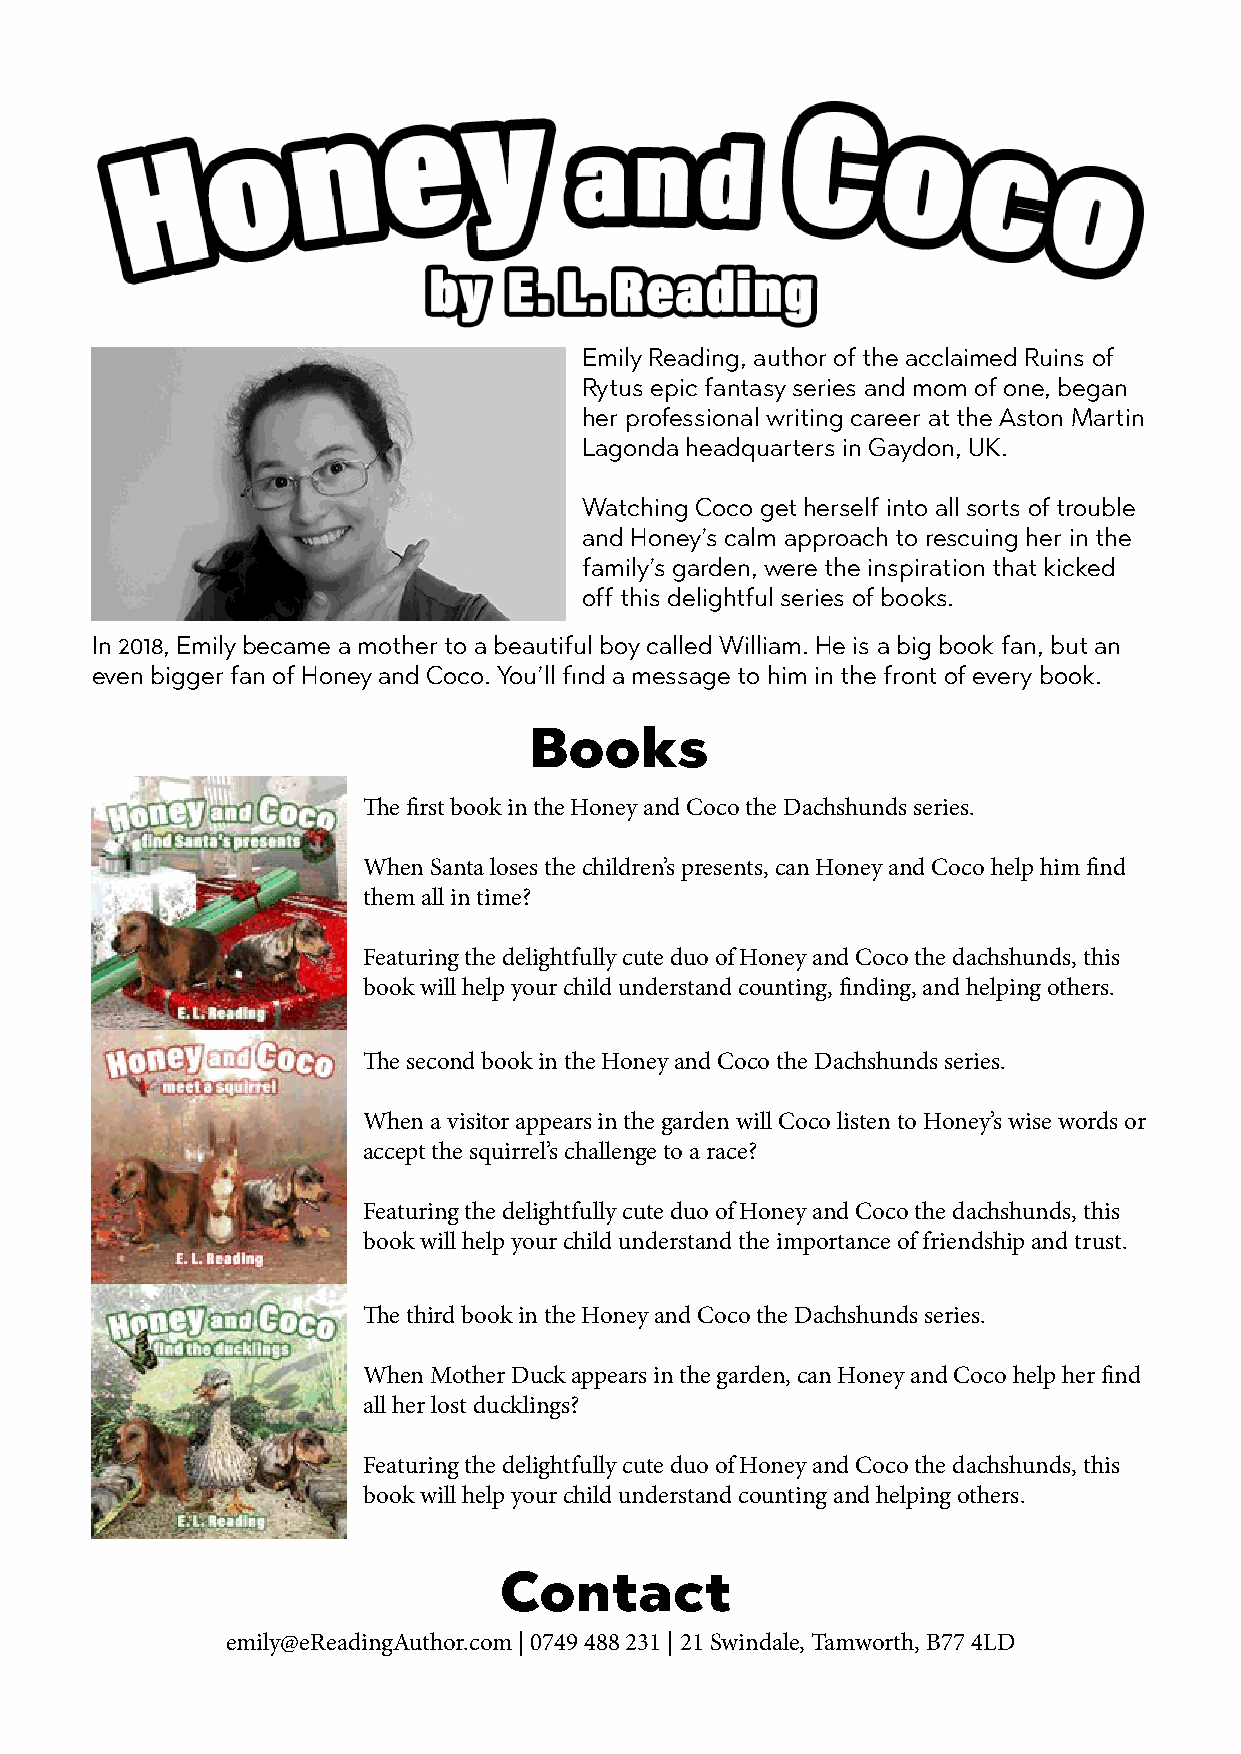
Emily Reading, author of the acclaimed Ruins of
 Rytus epic fantasy series and mom of one, began
 her professional writing career at the Aston Martin
 Lagonda headquarters in Gaydon, UK.
 Watching Coco get herself into all sorts of trouble
 and Honey’s calm approach to rescuing her in the
 family’s garden, were the inspiration that kicked
 off this delightful series of books.
 In 2018, Emily became a mother to a beautiful boy called William. He is a big book fan, but an
 even bigger fan of Honey and Coco. You’ll find a message to him in the front of every book.
 Books
 The first book in the Honey and Coco the Dachshunds series.
 When Santa loses the children’s presents, can Honey and Coco help him find
 them all in time?
 Featuring the delightfully cute duo of Honey and Coco the dachshunds, this
 book will help your child understand counting, finding, and helping others.
 The second book in the Honey and Coco the Dachshunds series.
 When a visitor appears in the garden will Coco listen to Honey’s wise words or
 accept the squirrel’s challenge to a race?
 Featuring the delightfully cute duo of Honey and Coco the dachshunds, this
 book will help your child understand the importance of friendship and trust.
 The third book in the Honey and Coco the Dachshunds series.
 When Mother Duck appears in the garden, can Honey and Coco help her find
 all her lost ducklings?
 Featuring the delightfully cute duo of Honey and Coco the dachshunds, this
 book will help your child understand counting and helping others.
 Contact
 emily@eReadingAuthor.com | 0749 488 231 | 21 Swindale, Tamworth, B77 4LD